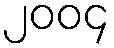
၂၀၀၄